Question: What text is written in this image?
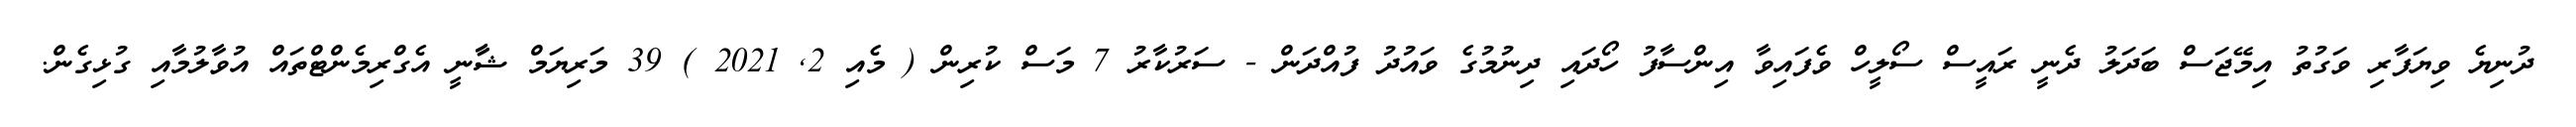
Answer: ދުނިޔެ ވިޔަފާރި ވަގުތު އިމޭޖަސް ބަދަލު ދެނީ ރައީސް ސޯލީހް ވެފައިވާ އިންސާފު ހޯދައި ދިނުމުގެ ވައުދު ފުއްދަން - ސަރުކާރު 7 މަސް ކުރިން ( މެއި 2, 2021 ) 39 މަރިޔަމް ޝާާނީ އެގްރިމެންޓްތައް އުވާލުމާއި ގުޅިގެން.